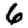
Digit: 6